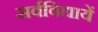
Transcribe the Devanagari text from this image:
सर्वविद्यायें